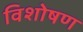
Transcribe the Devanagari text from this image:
विशोषण